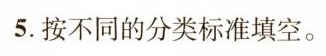
5.按不同的分类标准填空。